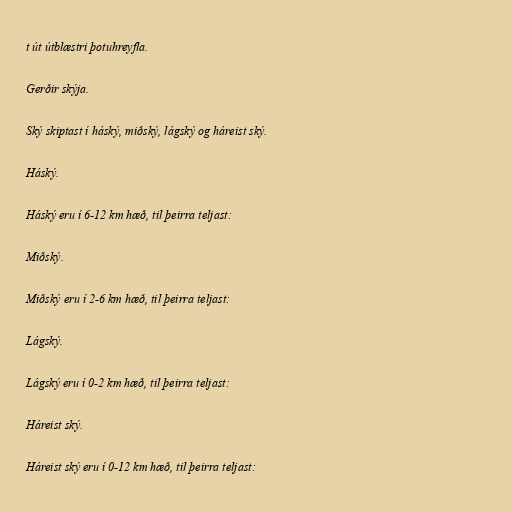
t út útblæstri þotuhreyfla.

Gerðir skýja.

Ský skiptast í háský, miðský, lágský og háreist ský.

Háský.

Háský eru í 6-12 km hæð, til þeirra teljast:

Miðský.

Miðský eru í 2-6 km hæð, til þeirra teljast:

Lágský.

Lágský eru í 0-2 km hæð, til þeirra teljast:

Háreist ský.

Háreist ský eru í 0-12 km hæð, til þeirra teljast: